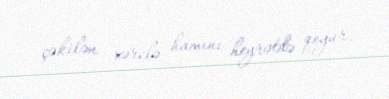
çəkilən xərclə hamını heyrətdə qoyur.